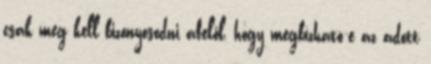
csak meg kell bizonyosodni afelől, hogy megbízható-e az adott